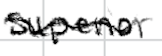
Text: superior
Cross-out: wave
Writing tool: digital_black